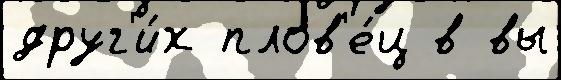
друг'и́х плов'е́ц в вы